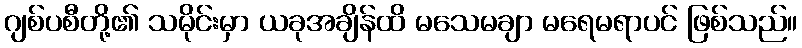
ဂျစ်ပစီတို့၏ သမိုင်းမှာ ယခုအချိန်ထိ မသေမချာ မရေမရာပင် ဖြစ်သည်။